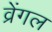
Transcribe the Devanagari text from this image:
व्रेंगल